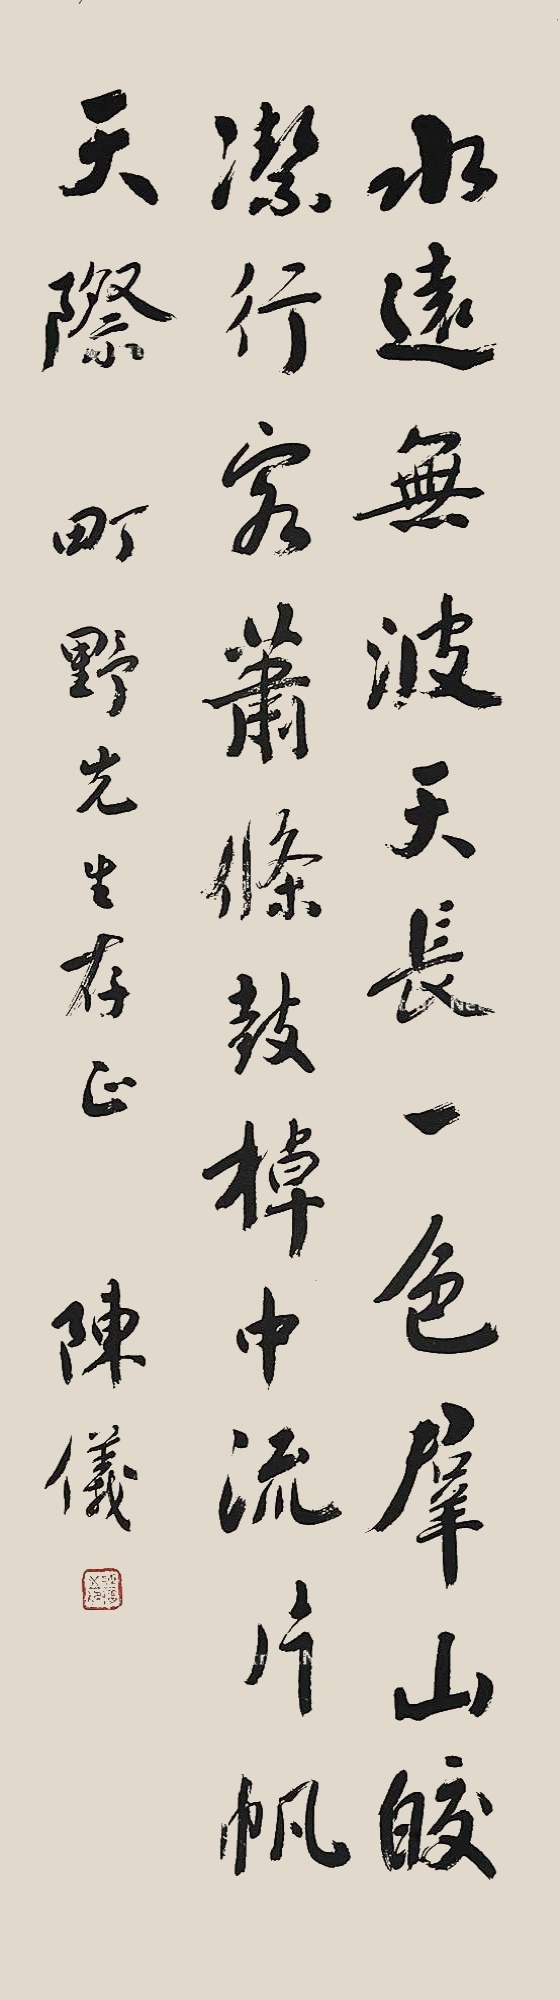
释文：水远无波，天长一色。群山皎洁，行客萧条。鼓棹中流，片帆天际。町野先生存正。陈仪。